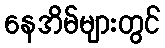
နေအိမ်များတွင်